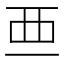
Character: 𧟡